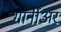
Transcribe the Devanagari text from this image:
गार्नीअर